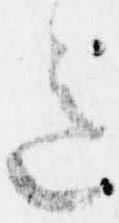
意